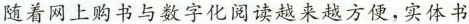
随着网上购书与数字化阅读越来越方便，实体书